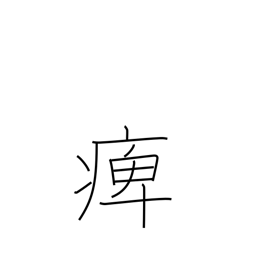
Meaning: paralysed